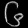
Digit: ၆